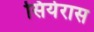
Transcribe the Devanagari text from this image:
सियेरास